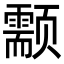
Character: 颥